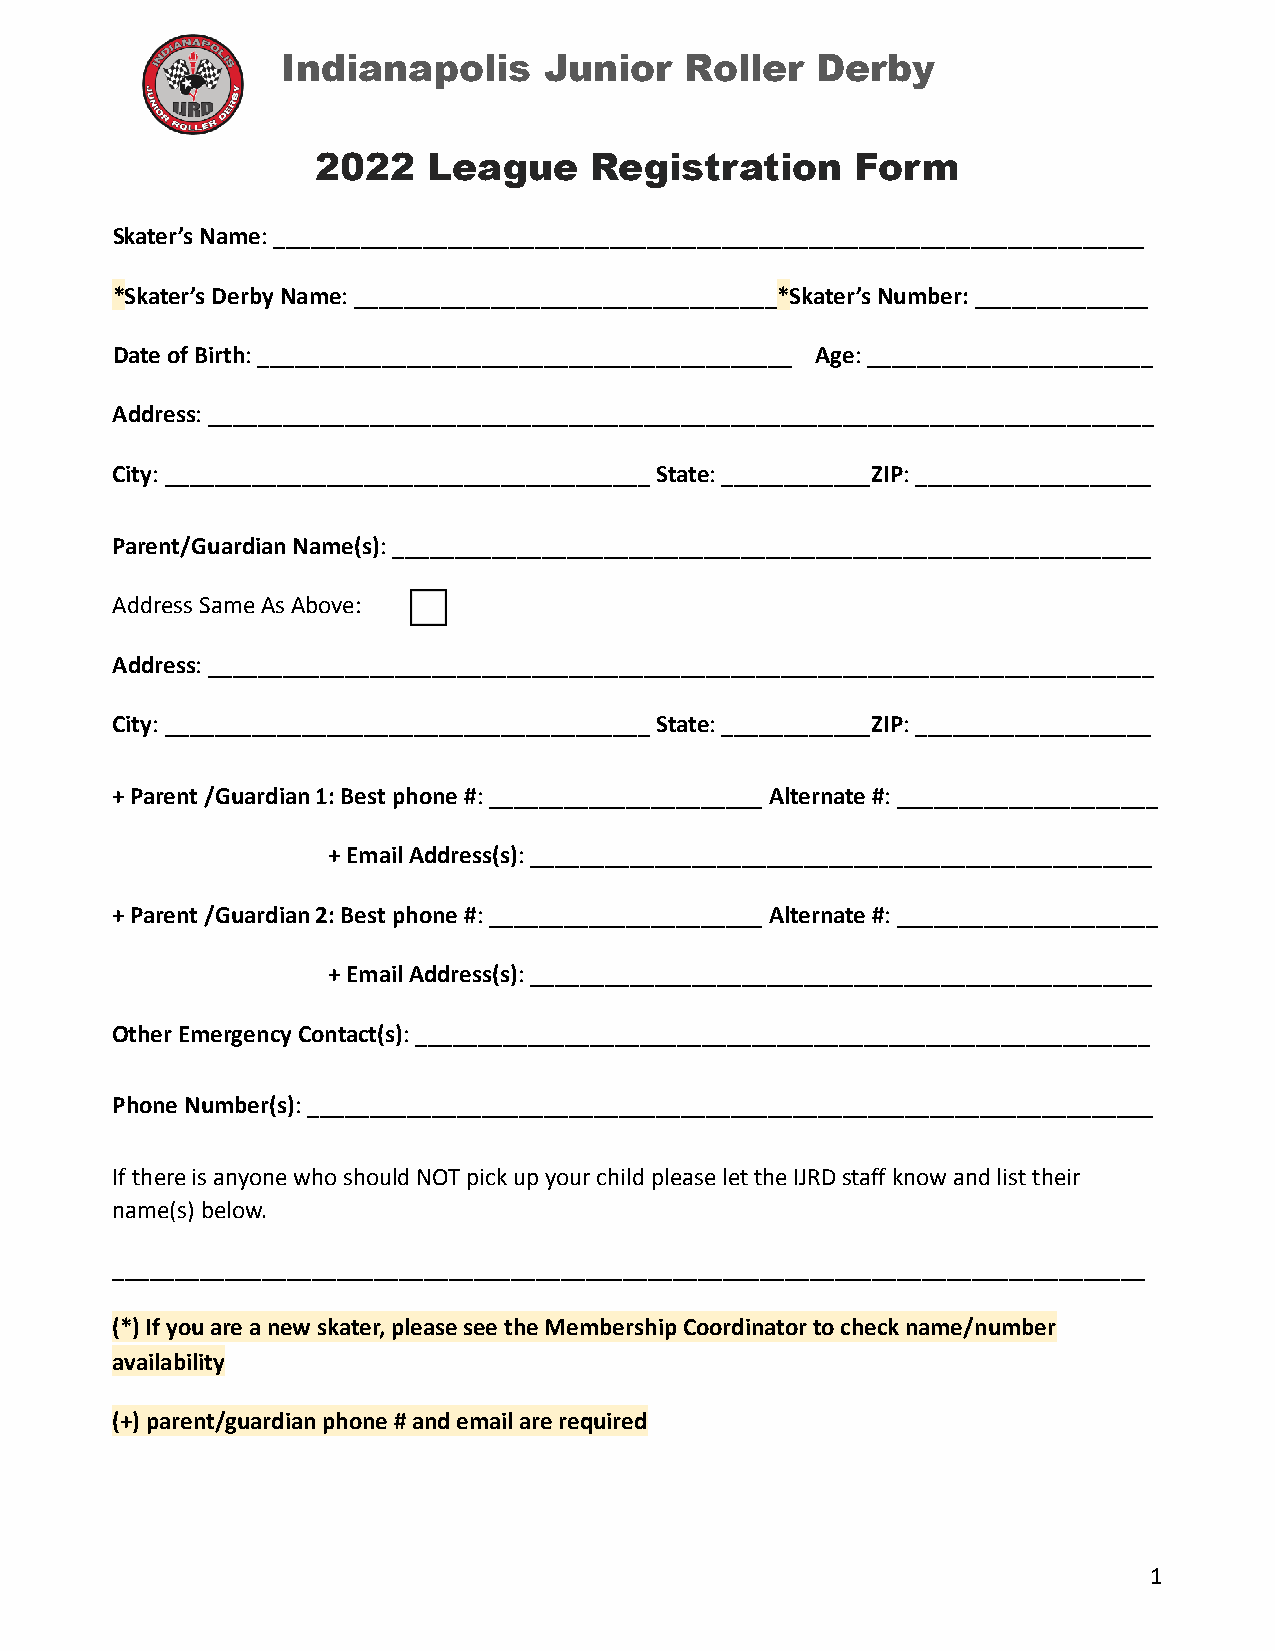
Indianapolis     Junior   Roller   Derby
 2022   League     Registration      Form
 Skater’s Name: ______________________________________________________________________
 *Skater’s Derby Name: __________________________________*Skater’sNumber:______________
 Date of Birth: ___________________________________________ Age: _______________________
 Address: ____________________________________________________________________________
 City: _______________________________________State:____________ZIP: ___________________
 Parent/Guardian Name(s): _____________________________________________________________
 Address Same As Above:
 Address: ____________________________________________________________________________
 City: _______________________________________State:____________ZIP: ___________________
 +Parent /Guardian 1: Best phone #: ______________________Alternate #: _____________________
 +Email Address(s): __________________________________________________
 +Parent /Guardian 2: Best phone #: ______________________Alternate #: _____________________
 +Email Address(s): __________________________________________________
 Other Emergency Contact(s): ___________________________________________________________
 Phone Number(s): ____________________________________________________________________
 If there is anyone who should NOT pick up your child please let the IJRD staff know and list their
 name(s) below.
 ___________________________________________________________________________________
 (*) If you are a new skater, please see the Membership Coordinator to check name/number
 availability
 (+) parent/guardian phone # and email are required
 1